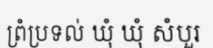
ព្រំប្រទល់ ឃុំ ឃុំ សំបួរ